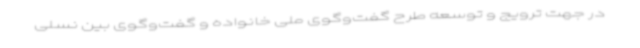
در جهت ترویج و توسعه طرح گفت‌وگوی ملی خانواده و گفت‌وگوی بین نسلی